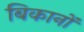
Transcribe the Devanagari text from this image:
बिकानों